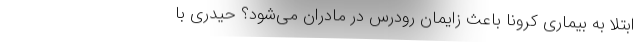
ابتلا به بیماری کرونا باعث زایمان رودرس در مادران می‌شود؟ حیدری با